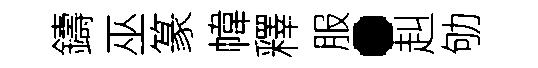
鑄巫篆幃釋服·赳劬